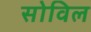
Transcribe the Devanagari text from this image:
सोविल